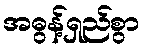
အဓွန့်ရှည်စွာ